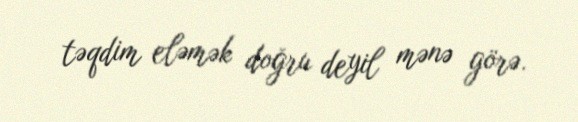
təqdim eləmək doğru deyil mənə görə.